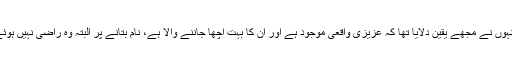
اس پر انہوں نے مجھے یقین دلایا تھا کہ عزیزی واقعی موجود ہے اور ان کا بہت اچھا جاننے والا ہے، نام بتانے پر البتہ وہ راضی نہیں ہوئے تھے۔